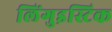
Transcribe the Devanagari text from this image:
लिंगुइस्टिक